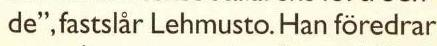
de", fastslår Lehmusto. Han föredrar